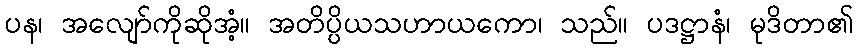
ပန၊ အလျော်ကိုဆိုအံ့။ အတိပ္ပိယသဟာယကော၊ သည်။ ပဒဋ္ဌာနံ၊ မုဒိတာ၏